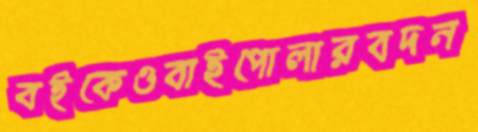
বইকেওবাইপোলারবদন